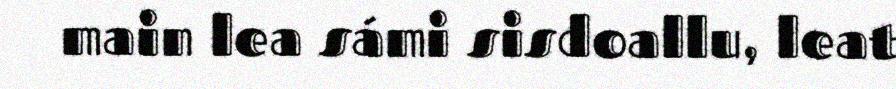
main lea sámi sisdoallu, leat